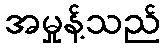
အမှုန့်သည်